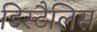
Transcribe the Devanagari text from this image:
डिस्टैलिस